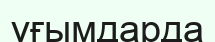
ұғымдарда